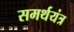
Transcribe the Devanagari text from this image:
समर्थयंत्र